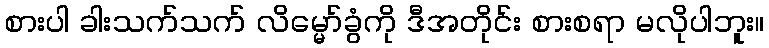
စားပါ ခါးသက်သက် လိမ္မော်ခွံကို ဒီအတိုင်း စားစရာ မလိုပါဘူး။